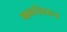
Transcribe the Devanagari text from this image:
खबरीवरून